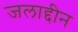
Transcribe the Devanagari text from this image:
जलाद्दीन